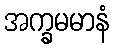
အက္ခမမာနံ